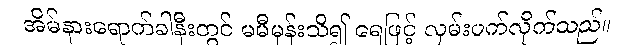
အိမ်နားရောက်ခါနီးတွင် မမီမှန်းသိ၍ ရေဖြင့် လှမ်းပက်လိုက်သည်။